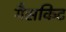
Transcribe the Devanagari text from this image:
गैसकिट